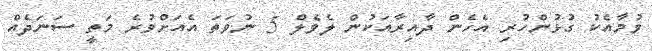
ވުމާއެކު ގުޅުންހުރި އެހެން ދާއިރާއަކުން ލެވެލް 5 ނުވަތަ އެއަށްވުރެ މަތީ ސަނަދެއް